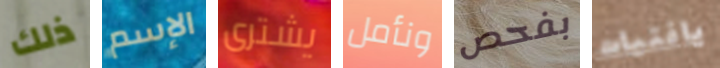
ذلك الإسم يشترى ونأمل بفحص يافتيات